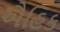
ઐહિક